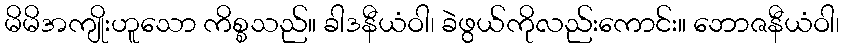
မိမိအကျိုးဟူသော ကိစ္စသည်။ ခါဒနီယံဝါ၊ ခဲဖွယ်ကိုလည်းကောင်း။ ဘောဇနီယံဝါ၊